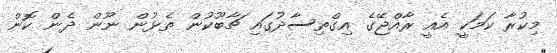
މިކުރާ ކަމަކީ އެއީ ރާއްޖޭގެ އިގްތިސާދުގައި ޗާބޫކުން ތެޅުން ނޫން ދެން ކޮން